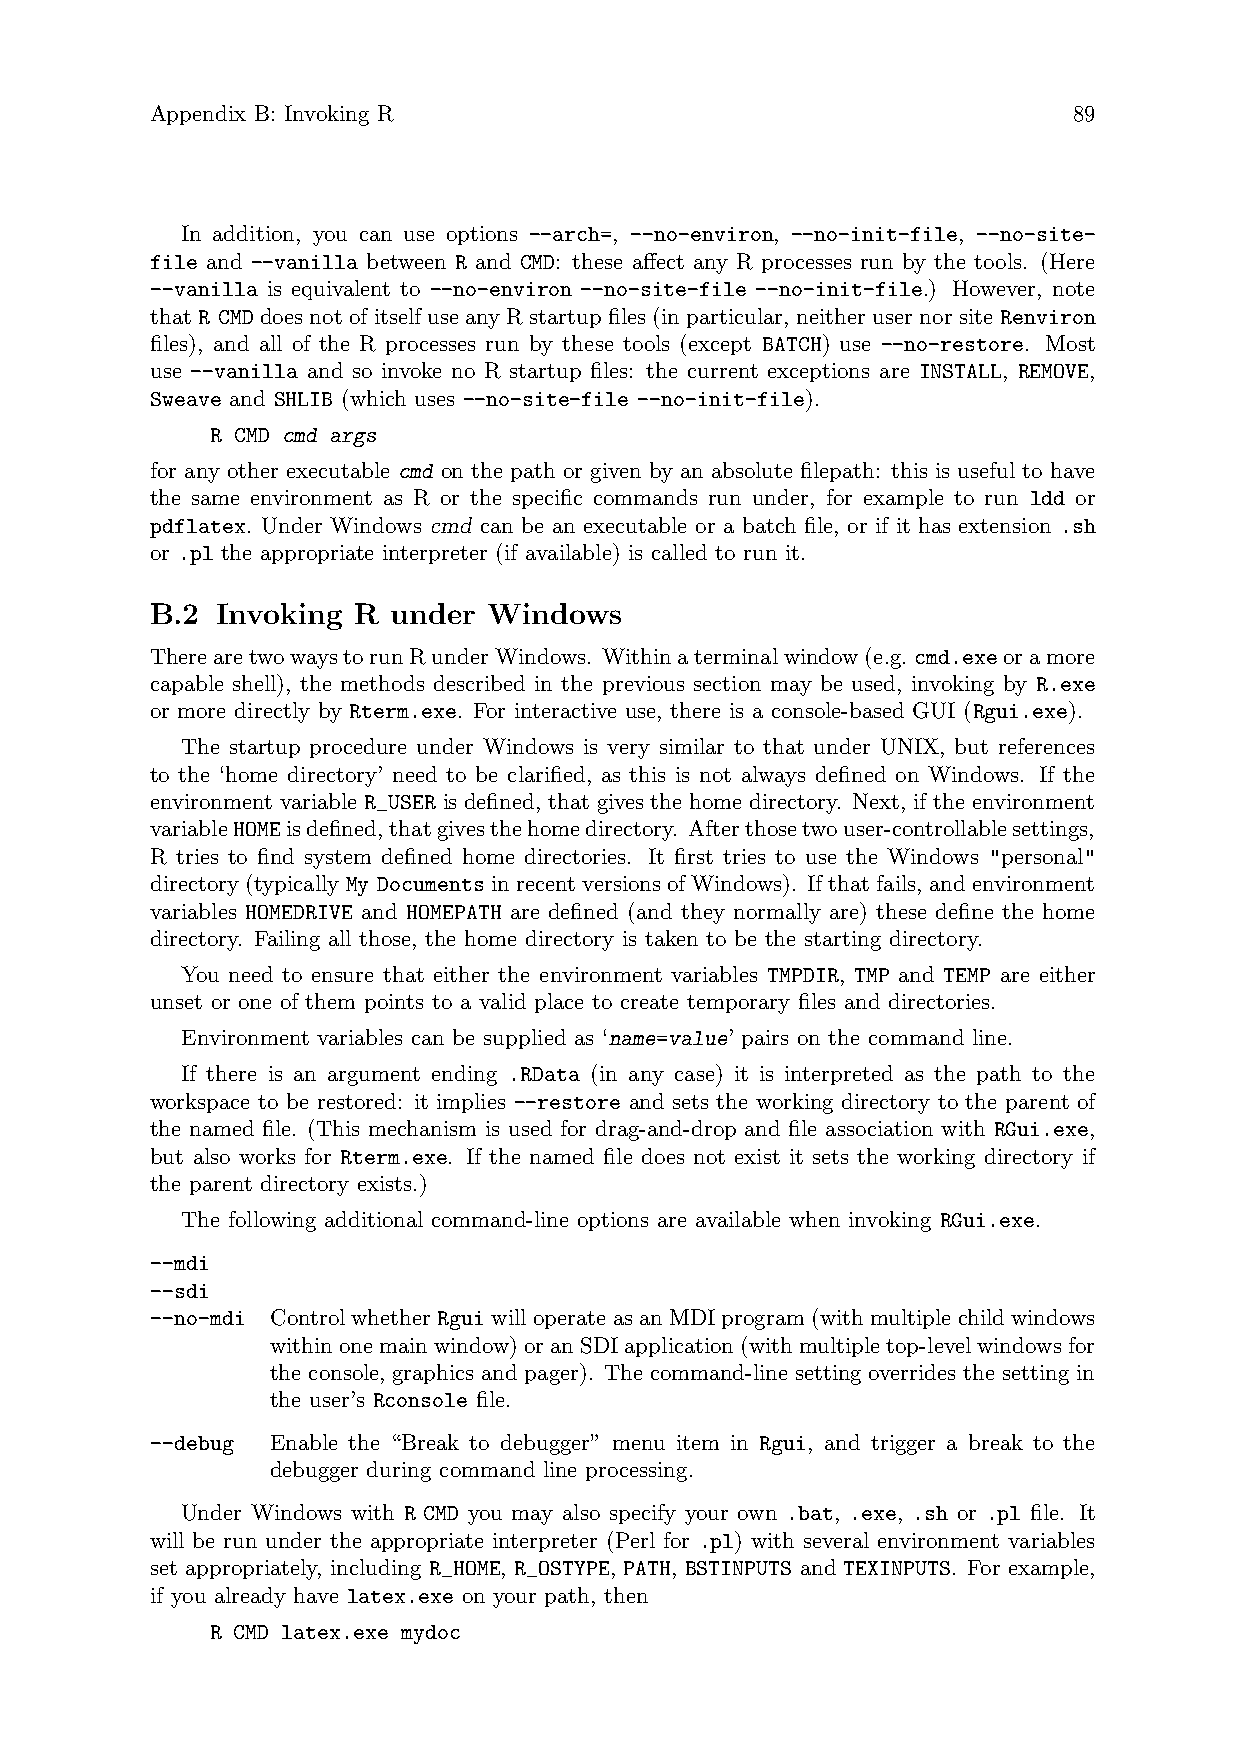
Appendix B: Invoking R                                       89
 In addition, you can use options --arch=, --no-environ, --no-init-file, --no-site-
 file and --vanilla between R and CMD: these affect any R processes run by the tools. (Here
 --vanilla is equivalent to --no-environ --no-site-file --no-init-file.) However, note
 that R CMD does not of itself use any R startup files (in particular, neither user nor site Renviron
 files), and all of the R processes run by these tools (except BATCH) use --no-restore. Most
 use --vanilla and so invoke no R startup files: the current exceptions are INSTALL, REMOVE,
 Sweave and SHLIB (which uses --no-site-file --no-init-file).
 R CMD cmd args
 for any other executable cmd on the path or given by an absolute filepath: this is useful to have
 the same environment as R or the specific commands run under, for example to run ldd or
 pdflatex. Under Windows cmd can be an executable or a batch file, or if it has extension .sh
 or .pl the appropriate interpreter (if available) is called to run it.
 B.2 Invoking R  under Windows
 TherearetwowaystorunRunderWindows. Withinaterminalwindow(e.g.cmd.exeoramore
 capable shell), the methods described in the previous section may be used, invoking by R.exe
 or more directly by Rterm.exe. For interactive use, there is a console-based GUI (Rgui.exe).
 The startup procedure under Windows is very similar to that under UNIX, but references
 to the ‘home directory’ need to be clarified, as this is not always defined on Windows. If the
 environment variable R_USER is defined, that gives the home directory. Next, if the environment
 variableHOMEisdefined,thatgivesthehomedirectory. Afterthosetwouser-controllablesettings,
 R tries to find system defined home directories. It first tries to use the Windows "personal"
 directory(typicallyMy DocumentsinrecentversionsofWindows). Ifthatfails, andenvironment
 variables HOMEDRIVE and HOMEPATH are defined (and they normally are) these define the home
 directory. Failing all those, the home directory is taken to be the starting directory.
 You need to ensure that either the environment variables TMPDIR, TMP and TEMP are either
 unset or one of them points to a valid place to create temporary files and directories.
 Environment variables can be supplied as ‘name=value’ pairs on the command line.
 If there is an argument ending .RData (in any case) it is interpreted as the path to the
 workspace to be restored: it implies --restore and sets the working directory to the parent of
 the named file. (This mechanism is used for drag-and-drop and file association with RGui.exe,
 but also works for Rterm.exe. If the named file does not exist it sets the working directory if
 the parent directory exists.)
 The following additional command-line options are available when invoking RGui.exe.
 --mdi
 --sdi
 --no-mdi ControlwhetherRguiwilloperateasanMDIprogram(withmultiplechildwindows
 withinonemainwindow)oranSDIapplication(withmultipletop-levelwindowsfor
 the console, graphics and pager). The command-line setting overrides the setting in
 the user’s Rconsole file.
 --debug Enable the “Break to debugger” menu item in Rgui, and trigger a break to the
 debugger during command line processing.
 Under Windows with R CMD you may also specify your own .bat, .exe, .sh or .pl file. It
 will be run under the appropriate interpreter (Perl for .pl) with several environment variables
 set appropriately, including R_HOME, R_OSTYPE, PATH, BSTINPUTS and TEXINPUTS. For example,
 if you already have latex.exe on your path, then
 R CMD latex.exe mydoc